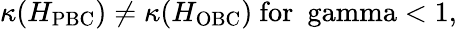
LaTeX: \begin{array}{r}{\kappa(H_{\mathrm{PBC}})\neq\kappa(H_{\mathrm{OBC}})\ \mathrm{for\ \ gamma<1},}\end{array}